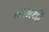
ભીમથી